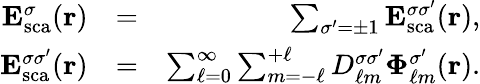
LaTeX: \begin{array}{rlr}{{\mathbf E}_{\mathrm{{sca}}}^{\sigma}({\mathbf r})}&{=}&{\sum_{\sigma^{\prime}=\pm 1}{\mathbf E}_{\mathrm{sca}}^{\sigma\sigma^{\prime}}({\mathbf r}),}\\ {{\mathbf E}_{\mathrm{{sca}}}^{\sigma\sigma^{\prime}}({\mathbf r})}&{=}&{\sum_{\ell=0}^{\infty}\sum_{m=-\ell}^{+\ell}D_{\ell m}^{\sigma\sigma^{\prime}}\boldsymbol{\Phi}_{\ell m}^{\sigma^{\prime}}({\mathbf r}).}\end{array}